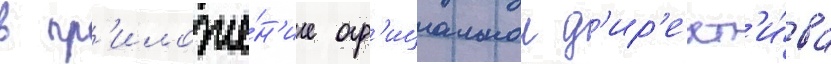
в пр'иложе́н'ие оф'ициальнои д'ир'ект'и́ва